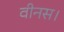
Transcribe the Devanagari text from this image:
वीनस।